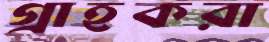
গ্রাহকরা